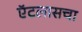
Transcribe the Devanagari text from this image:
ऍटलासचा